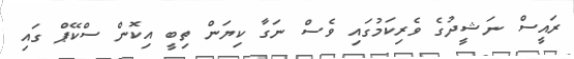
ރައީސް ނަޝީދުގެ ވެރިކަމުގައި ވެސް ނަގާ ކިޔަން ތިބީ އިކޮން ސްކޭޕް ގައި